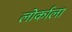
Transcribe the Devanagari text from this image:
लोर्काला